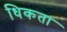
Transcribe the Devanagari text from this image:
धिकता